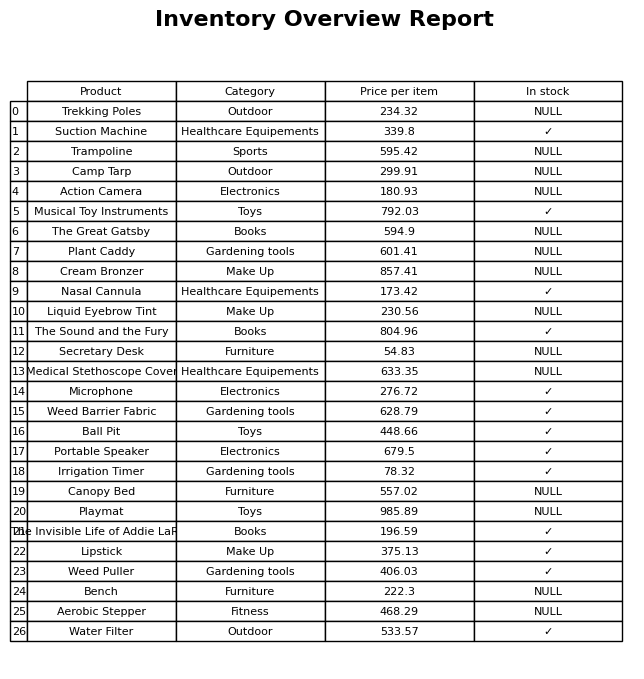
question: What is the price for Trekking Poles?
answer: The price of Trekking Poles is 234.32.